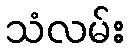
သံလမ်း